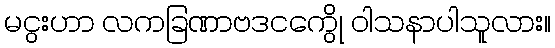
မငွးဟာ လကခြဏာဗဒငကွေို ဝါသနာပါသူလား။